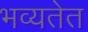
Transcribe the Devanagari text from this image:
भव्यतेत